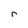
Character: r